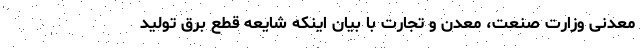
معدنی وزارت صنعت، معدن و تجارت با بیان اینکه شایعه قطع برق تولید